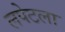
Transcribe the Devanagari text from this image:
लपेटला